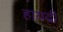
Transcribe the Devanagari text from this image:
हायद्री